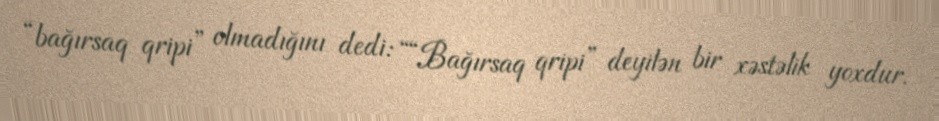
“bağırsaq qripi” olmadığını dedi: ““Bağırsaq qripi” deyilən bir xəstəlik yoxdur.